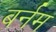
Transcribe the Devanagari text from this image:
बर्नम